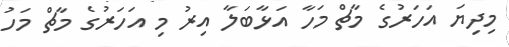
މިދިޔަ އަހަރުގެ މާޗް މަހާ އަޅާބަލާ އިރު މި އަހަރުގެ މާޗް މަހު